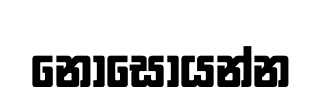
නොසොයන්න